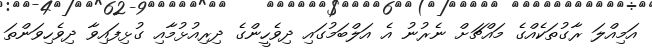
އަމިއްލަ ރާގުތަކެއްގެ މައްޗަށް ނެރުނު އެ އަލްބަމުގައި ދިވެހީންގެ ދިރިއުޅުމާއި ގުޅިފައިވާ ދިވެހިވަންތަ